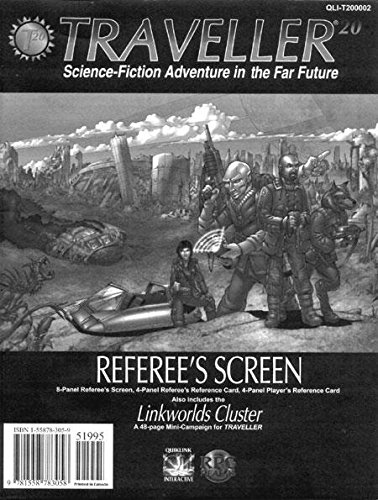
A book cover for Traveller 20 Referee's Screen; Hunter Gordon; Science Fiction & Fantasy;